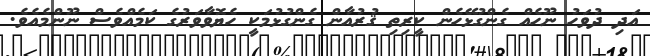
އަދި ދުވަހު ނޫހެއް ގެންގުޅޭހެން ކީރިތި ޤުރުއާން ގެންގުޅުމަކީ ހެޔޮވާވަރުގެ ކަމެއްވެސް ނޫންމެއެވެ.